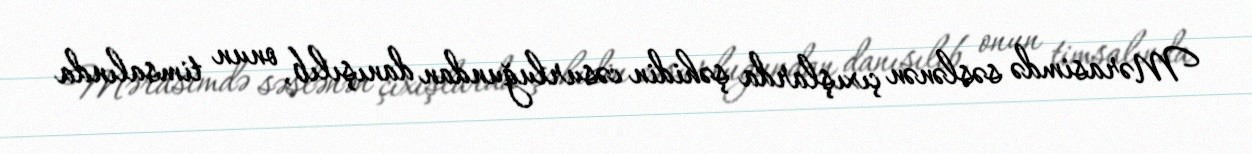
Mərasimdə səslənən çıxışlarda şəhidin cəsurluğundan danışılıb, onun timsalında